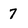
Character: 7